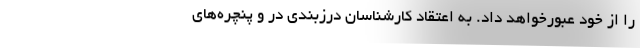
را از خود عبورخواهد داد. به اعتقاد کارشناسان درزبندی در و پنچره‌های